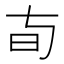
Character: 𬀦